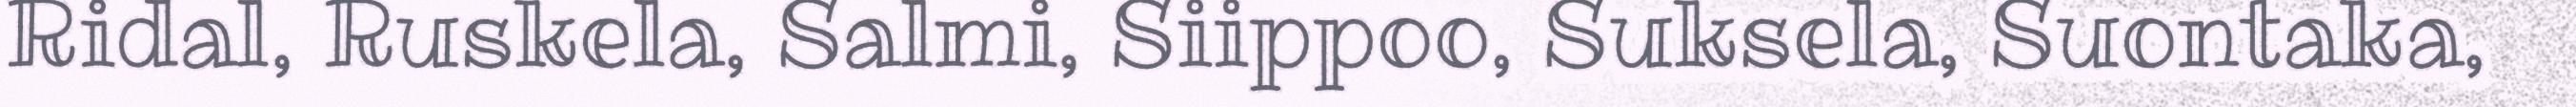
Ridal, Ruskela, Salmi, Siippoo, Suksela, Suontaka,